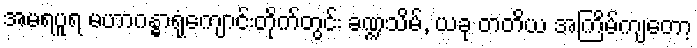
အမရပူရ မဟာဂန္ဓာရုံကျောင်းတိုက်တွင်း ခဏ္ဍသိမ်, ယခု တတိယ အကြိမ်ကျတော့